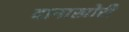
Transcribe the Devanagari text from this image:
दानाखोरी